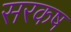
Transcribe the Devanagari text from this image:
सरकष